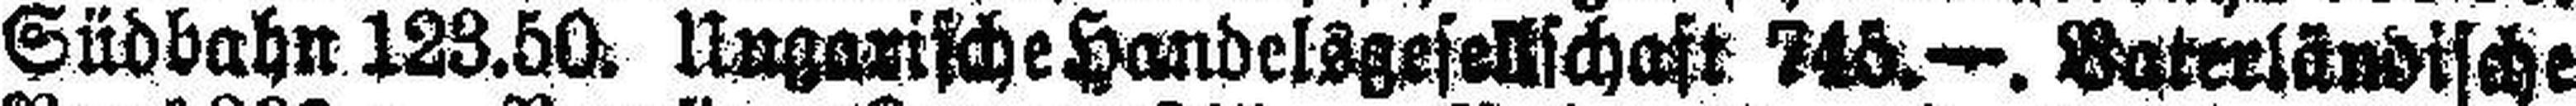
Südbahn 123.50. Ungarische Handelsgesellschaft 745.—. Vaterländische